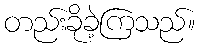
တည်းခိုခဲ့ကြသည်။